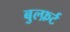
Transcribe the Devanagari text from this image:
बुल्फ़र्ट